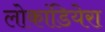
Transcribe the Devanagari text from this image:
लोकांडियेरा